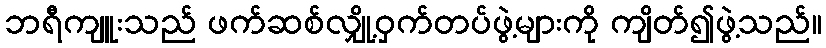
ဘရီကျူးသည် ဖက်ဆစ်လျှို့ဝှက်တပ်ဖွဲ့များကို ကျိတ်၍ဖွဲ့သည်။